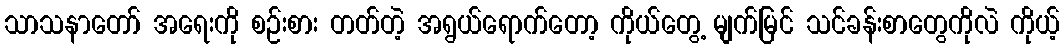
သာသနာတော် အရေးကို စဉ်းစား တတ်တဲ့ အရွယ်ရောက်တော့ ကိုယ်တွေ့ မျက်မြင် သင်ခန်းစာတွေကိုလဲ ကိုယ့်